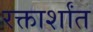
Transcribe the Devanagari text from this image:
रक्तार्शांत